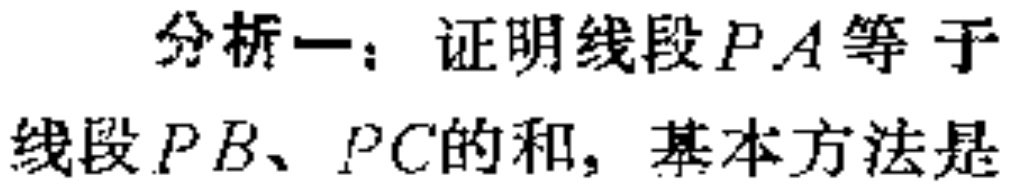
分析一：证明线段\(PA\)等于线段\(PB、PC\)的和，基本方法是